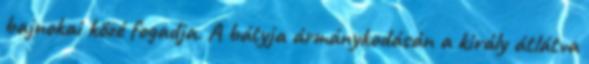
bajnokai közé fogadja. A bátyja ármánykodásán a király átlátva